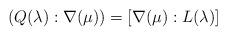
LaTeX: \begin{align*} (Q(\lambda): \nabla(\mu)) = [\nabla(\mu): L(\lambda)] \end{align*}